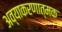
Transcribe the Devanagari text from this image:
अव्याकरणात्मक